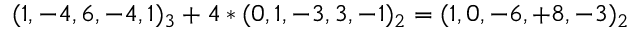
( 1 , - 4 , 6 , - 4 , 1 ) _ { 3 } + 4 * ( 0 , 1 , - 3 , 3 , - 1 ) _ { 2 } = ( 1 , 0 , - 6 , + 8 , - 3 ) _ { 2 }